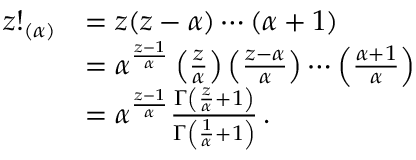
{ \begin{array} { r l } { z ! _ { ( \alpha ) } } & { = z ( z - \alpha ) \cdots ( \alpha + 1 ) } \\ & { = \alpha ^ { \frac { z - 1 } { \alpha } } \left( { \frac { z } { \alpha } } \right) \left( { \frac { z - \alpha } { \alpha } } \right) \cdots \left( { \frac { \alpha + 1 } { \alpha } } \right) } \\ & { = \alpha ^ { \frac { z - 1 } { \alpha } } { \frac { \Gamma \left( { \frac { z } { \alpha } } + 1 \right) } { \Gamma \left( { \frac { 1 } { \alpha } } + 1 \right) } } \, . } \end{array} }